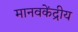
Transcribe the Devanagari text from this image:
मानवकेंद्रीय